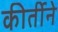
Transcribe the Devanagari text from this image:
कीर्तीने